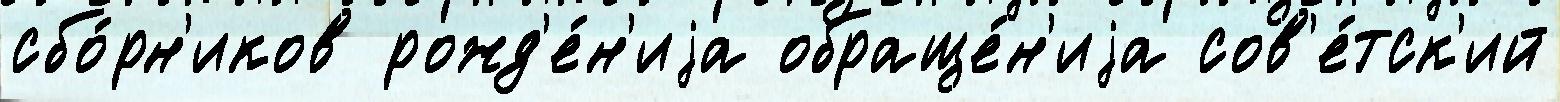
сбо́рн'иков рожд'е́н'иjа обраще́н'иjа сов'е́тск'ий